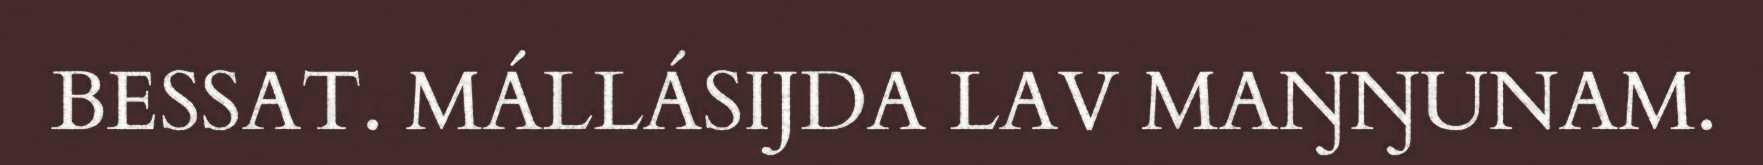
BESSAT. MÁLLÁSIJDA LAV MAŊŊUNAM.